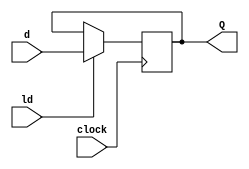
/*
	Registrador de carga paralela
	Descreva um registrador de carga paralela de 4 bits em Verilog utilzando
	a abordagem comportamental. O registrador possui uma entrada ld, que quando
	ld = 1, deve-se efetuar a carga no registrador. Caso contrrio(ld = 0), 
	o ltimo valor  mantido. O registrador  sensvel  borda de descida do relgio.
	
*/
module registradorDescricaoComportamental(input [3:0] d, input clock, ld, output reg [3:0] Q);
	initial begin 
		Q = 4'b0000;
	end
	always@(negedge clock) begin
		if(ld == 1) begin
			Q = d;
		end
	end
endmodule